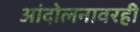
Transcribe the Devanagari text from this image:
आंदोलनावरही